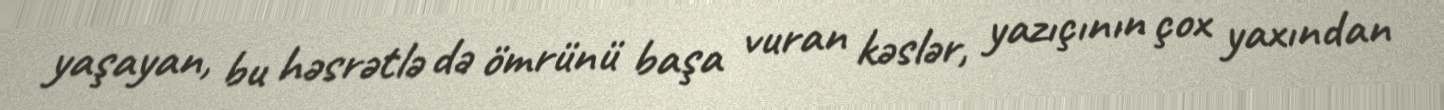
yaşayan, bu həsrətlə də ömrünü başa vuran kəslər, yazıçının çox yaxından